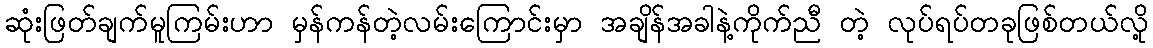
ဆုံးဖြတ်ချက်မူကြမ်းဟာ မှန်ကန်တဲ့လမ်းကြောင်းမှာ အချိန်အခါနဲ့ကိုက်ညီ တဲ့ လုပ်ရပ်တခုဖြစ်တယ်လို့